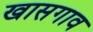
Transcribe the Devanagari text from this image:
खासगाव